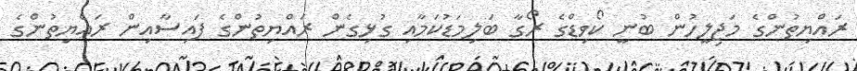
ރައްޔިތުންގެ މަޖިލީހުން ބުނީ ކޯވިޑްގެ ރޯގާ ބަލިމަޑުކަމާއި ގުޅިގެން ރައްޔިތުންގެ ފައިސާއިން ރައްޔިތުންގެ